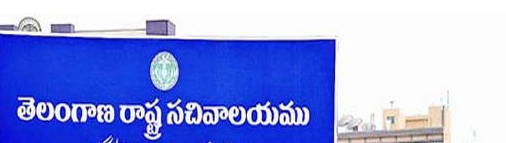
Language: telugu
Transcription: తెలంగాణ రాష్ట్ర సచివాలయము